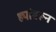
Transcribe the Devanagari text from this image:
ह्यांवरून